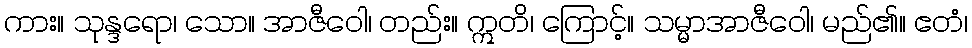
ကား။ သုန္ဒရော၊ သော။ အာဇီဝေါ၊ တည်း။ ဣတိ၊ ကြောင့်။ သမ္မာအာဇီဝေါ၊ မည်၏။ ဧတံ၊